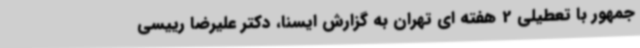
جمهور با تعطیلی 2 هفته ای تهران به گزارش ایسنا، دکتر علیرضا رییسی